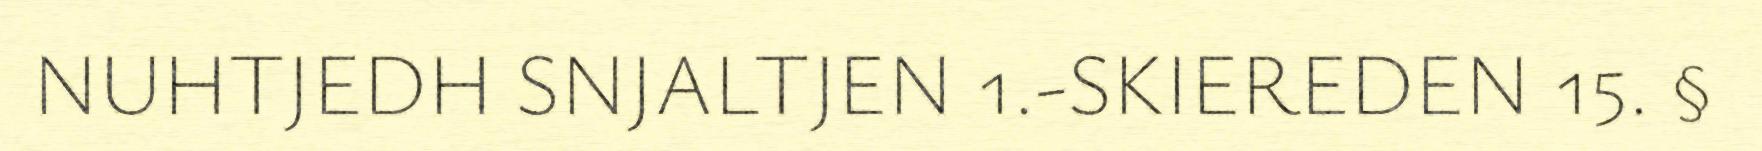
NUHTJEDH SNJALTJEN 1.-SKIEREDEN 15. §